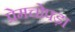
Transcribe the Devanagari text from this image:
प्रेमचोपड़ा